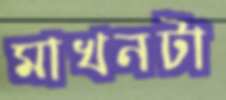
মাখনটা